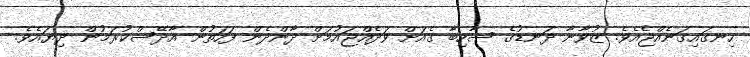
ހިނގައިގަނެއްޖެއެވެ. ޒުވާނާ ދަނޑުގެ ސާހިބާ ގެއަށް ވަދެއްޖައުމަށް ދާންދެން ފަހަތުން އާދޭސްކުރަމުން ދިޔައެވެ.